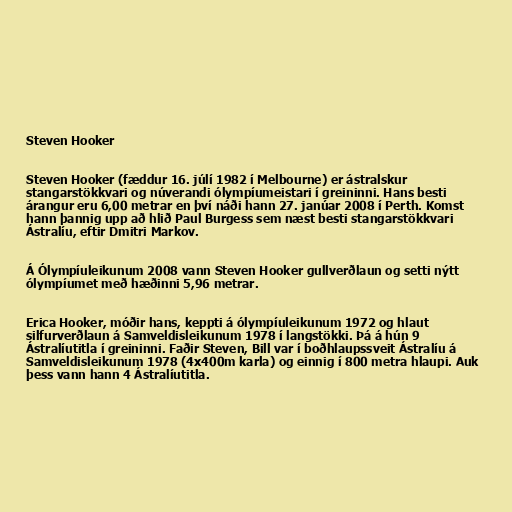
Steven Hooker

Steven Hooker (fæddur 16. júlí 1982 í Melbourne) er ástralskur
stangarstökkvari og núverandi ólympíumeistari í greininni. Hans besti
árangur eru 6,00 metrar en því náði hann 27. janúar 2008 í Perth. Komst
hann þannig upp að hlið Paul Burgess sem næst besti stangarstökkvari
Ástralíu, eftir Dmitri Markov.

Á Ólympíuleikunum 2008 vann Steven Hooker gullverðlaun og setti nýtt
ólympíumet með hæðinni 5,96 metrar.

Erica Hooker, móðir hans, keppti á ólympíuleikunum 1972 og hlaut
silfurverðlaun á Samveldisleikunum 1978 í langstökki. Þá á hún 9
Ástralíutitla í greininni. Faðir Steven, Bill var í boðhlaupssveit Ástralíu á
Samveldisleikunum 1978 (4x400m karla) og einnig í 800 metra hlaupi. Auk
þess vann hann 4 Ástralíutitla.